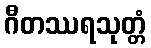
ဂီတဿရသုတ္တံ